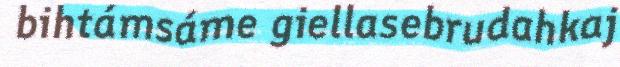
bihtámsáme giellasebrudahkaj